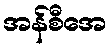
အန်စီအေ